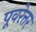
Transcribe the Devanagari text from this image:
पूवरेत्तर